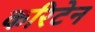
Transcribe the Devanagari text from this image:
करिटेन